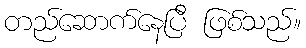
တည်ဆောက်နေပြီ ဖြစ်သည်။